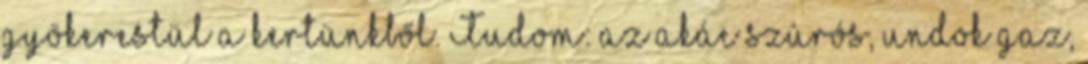
gyökerestül a kertünkből. Tudom: az akác szúrós, undok gaz,